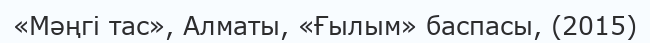
«Мәңгі тас», Алматы, «Ғылым» баспасы, (2015)